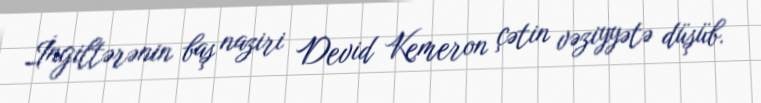
İngiltərənin baş naziri Devid Kemeron çətin vəziyyətə düşüb.